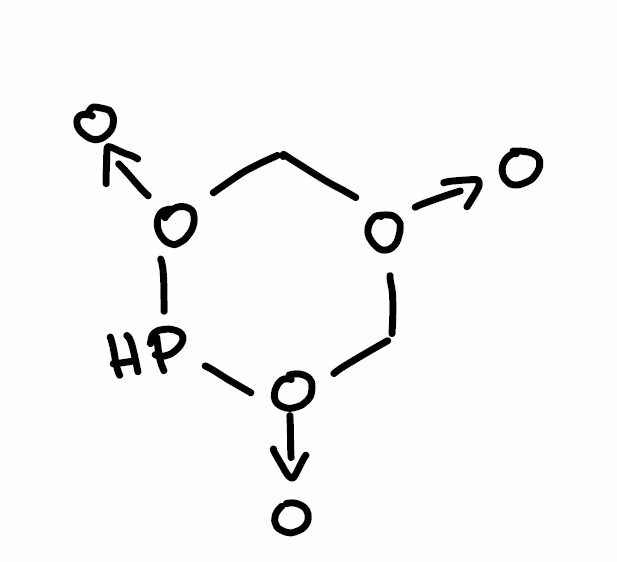
Simplified molecular-input line-entry system (SMILES) notation of the given molecule:
C1[O+](C[O+](P[O+]1[O-])[O-])[O-]